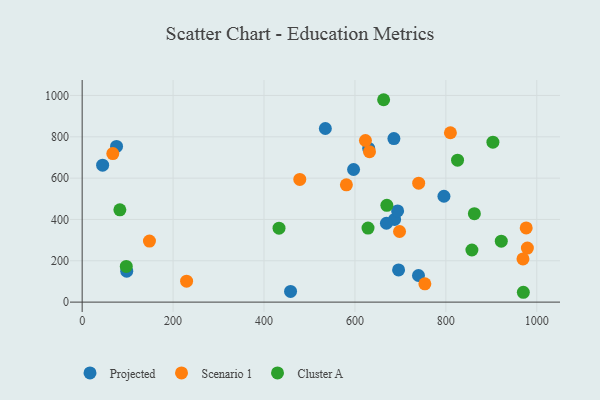
{"axis": {"x": "Engine Size", "y": "Demand"}, "legend": ["Cluster A", "Projected", "Scenario 1"], "data": [{"x": "687.2", "y": 399.9, "type": "Projected"}, {"x": "98.0", "y": 149.8, "type": "Projected"}, {"x": "669.3", "y": 381.6, "type": "Projected"}, {"x": "458.4", "y": 51.6, "type": "Projected"}, {"x": "45.0", "y": 662.7, "type": "Projected"}, {"x": "597.0", "y": 641.7, "type": "Projected"}, {"x": "534.9", "y": 840.2, "type": "Projected"}, {"x": "693.9", "y": 441.2, "type": "Projected"}, {"x": "696.0", "y": 155.7, "type": "Projected"}, {"x": "75.6", "y": 753.2, "type": "Projected"}, {"x": "739.8", "y": 128.7, "type": "Projected"}, {"x": "685.7", "y": 791.4, "type": "Projected"}, {"x": "795.8", "y": 512.4, "type": "Projected"}, {"x": "630.3", "y": 743.6, "type": "Projected"}, {"x": "632.0", "y": 727.8, "type": "Scenario 1"}, {"x": "67.4", "y": 718.6, "type": "Scenario 1"}, {"x": "478.7", "y": 593.8, "type": "Scenario 1"}, {"x": "979.3", "y": 261.3, "type": "Scenario 1"}, {"x": "148.0", "y": 295.3, "type": "Scenario 1"}, {"x": "581.2", "y": 567.7, "type": "Scenario 1"}, {"x": "698.1", "y": 341.7, "type": "Scenario 1"}, {"x": "753.8", "y": 88.4, "type": "Scenario 1"}, {"x": "976.7", "y": 358.8, "type": "Scenario 1"}, {"x": "810.0", "y": 819.6, "type": "Scenario 1"}, {"x": "623.1", "y": 782.0, "type": "Scenario 1"}, {"x": "969.6", "y": 208.8, "type": "Scenario 1"}, {"x": "740.2", "y": 575.6, "type": "Scenario 1"}, {"x": "229.7", "y": 101.2, "type": "Scenario 1"}, {"x": "903.5", "y": 773.9, "type": "Cluster A"}, {"x": "82.9", "y": 446.7, "type": "Cluster A"}, {"x": "921.9", "y": 294.7, "type": "Cluster A"}, {"x": "862.7", "y": 428.0, "type": "Cluster A"}, {"x": "970.4", "y": 47.6, "type": "Cluster A"}, {"x": "433.0", "y": 357.7, "type": "Cluster A"}, {"x": "825.7", "y": 686.8, "type": "Cluster A"}, {"x": "663.1", "y": 979.4, "type": "Cluster A"}, {"x": "857.3", "y": 252.1, "type": "Cluster A"}, {"x": "628.8", "y": 358.4, "type": "Cluster A"}, {"x": "97.0", "y": 172.5, "type": "Cluster A"}, {"x": "670.2", "y": 468.3, "type": "Cluster A"}]}